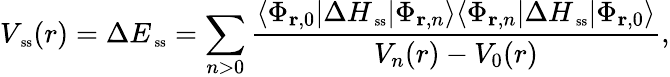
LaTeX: V_{\mathrm{\scriptsize~ss}}(r)=\Delta E_{\mathrm{\scriptsize~ss}}=\sum_{n>0}\frac{\langle\Phi_{{\mathbf r},0}|\Delta H_{\mathrm{\scriptsize~ss}}|\Phi_{{\mathbf r},n}\rangle\langle\Phi_{{\mathbf r},n}|\Delta H_{\mathrm{\scriptsize~ss}}|\Phi_{{\mathbf r},0}\rangle}{V_{n}(r)-V_{0}(r)},